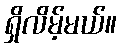
ရှိလိမ့်မယ်။